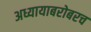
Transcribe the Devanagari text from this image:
अध्यायाबरोबरच